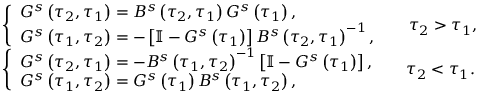
\begin{array} { r l } & { \left\{ \begin{array} { l } { G ^ { s } \left( \tau _ { 2 } , \tau _ { 1 } \right) = B ^ { s } \left( \tau _ { 2 } , \tau _ { 1 } \right) G ^ { s } \left( \tau _ { 1 } \right) , } \\ { G ^ { s } \left( \tau _ { 1 } , \tau _ { 2 } \right) = - \left[ \mathbb { I } - G ^ { s } \left( \tau _ { 1 } \right) \right] B ^ { s } \left( \tau _ { 2 } , \tau _ { 1 } \right) ^ { - 1 } , } \end{array} \right. \ \ \ \ \tau _ { 2 } > \tau _ { 1 } , } \\ & { \left\{ \begin{array} { l } { G ^ { s } \left( \tau _ { 2 } , \tau _ { 1 } \right) = - B ^ { s } \left( \tau _ { 1 } , \tau _ { 2 } \right) ^ { - 1 } \left[ \mathbb { I } - G ^ { s } \left( \tau _ { 1 } \right) \right] , } \\ { G ^ { s } \left( \tau _ { 1 } , \tau _ { 2 } \right) = G ^ { s } \left( \tau _ { 1 } \right) B ^ { s } \left( \tau _ { 1 } , \tau _ { 2 } \right) , } \end{array} \right. \ \ \ \ \tau _ { 2 } < \tau _ { 1 } . } \end{array}